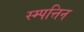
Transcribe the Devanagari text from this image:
स्म्पत्तिन